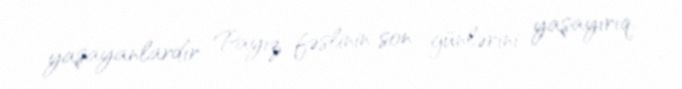
yaşayanlardır Payız fəslinin son günlərini yaşayırıq.